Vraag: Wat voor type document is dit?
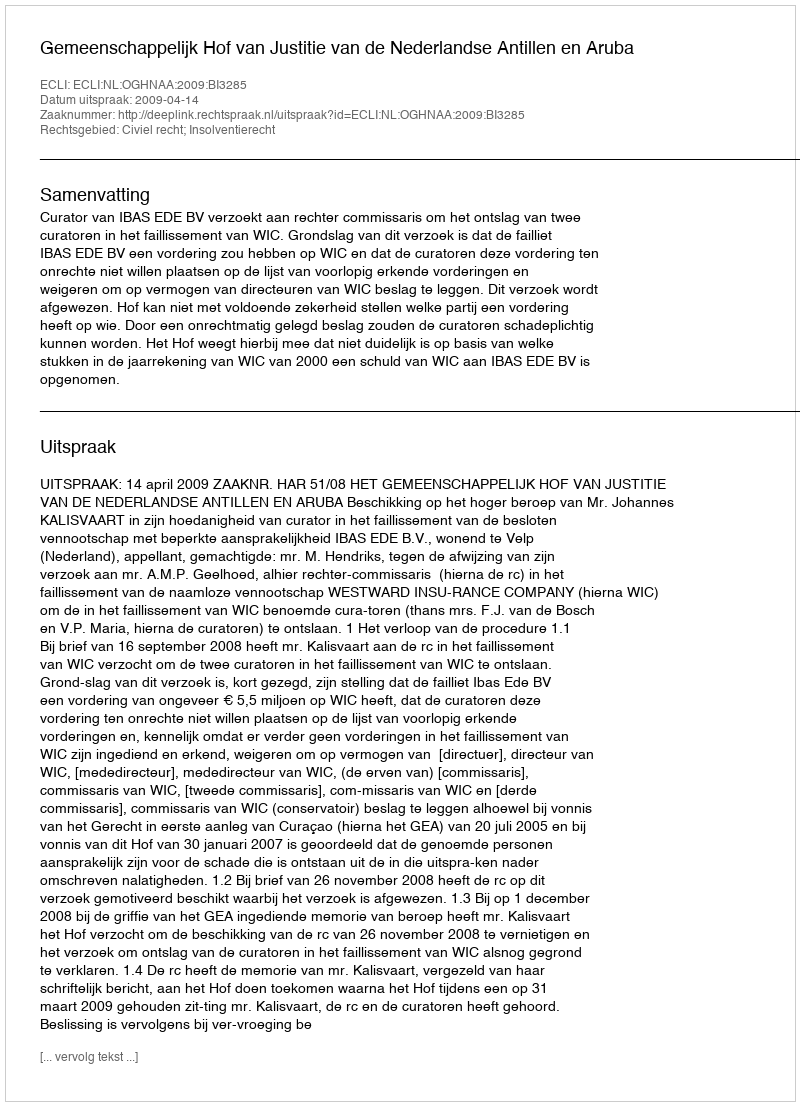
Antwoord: Uitspraak